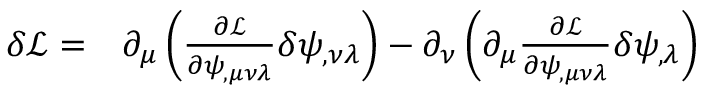
\begin{array} { r l } { \delta \mathcal L = } & { { } \partial _ { \mu } \left( \frac { \partial \mathcal L } { \partial \psi _ { , \mu \nu \lambda } } \delta \psi _ { , \nu \lambda } \right) - \partial _ { \nu } \left( \partial _ { \mu } \frac { \partial \mathcal L } { \partial \psi _ { , \mu \nu \lambda } } \delta \psi _ { , \lambda } \right) } \end{array}